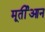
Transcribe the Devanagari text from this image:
मूर्तीआन